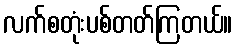
လက်စတုံးပစ်တတ်ကြတယ်။